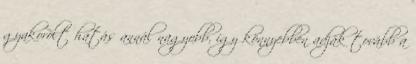
gyakorolt hatás annál nagyobb, így könnyebben adják tovább a